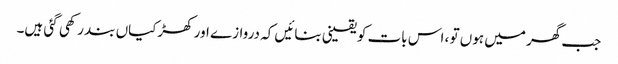
جب گھر میں ہوں تو ، اس بات کو یقینی بنائیں کہ دروازے اور کھڑکیاں بند رکھی گئی ہیں۔